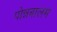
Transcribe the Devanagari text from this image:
पोन्नबालम